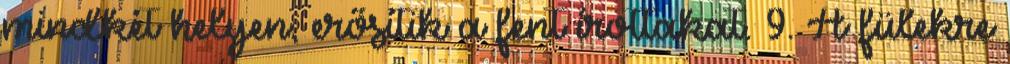
mindkét helyen, erősítik a fent írottakat. 9. A fülekre